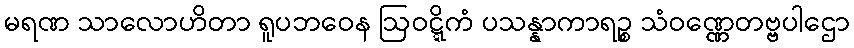
မရဏ သာလောဟိတာ ရူပဘဝေန ဩဝဋ္ဋိကံ ပသန္နာကာရဉ္စ သံဝဏ္ဏေတဗ္ဗပါဌော